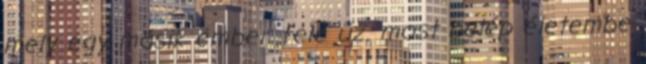
mely egy másik ember felé űz. most belép életembe